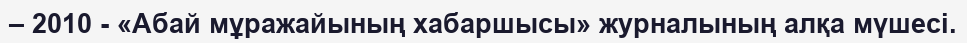
– 2010 - «Абай мұражайының хабаршысы» журналының алқа мүшесі.